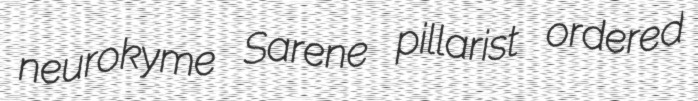
neurokyme Sarene pillarist ordered